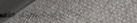
أحدث موديلات الهواتف الذك